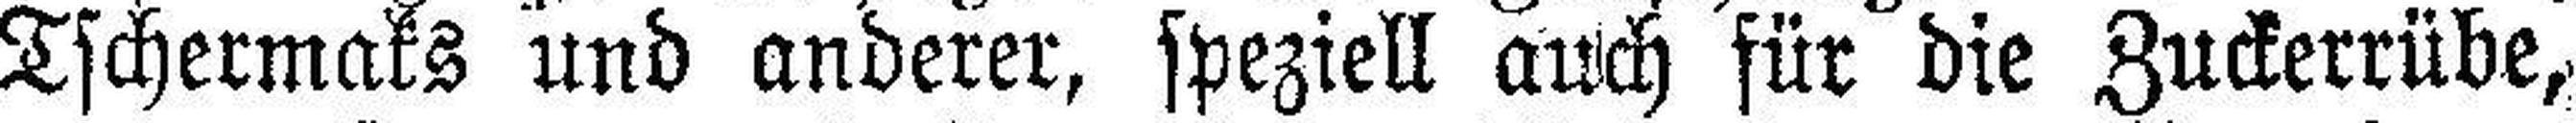
Tschermaks und anderer, speziell auch für die Zuckerrübe,